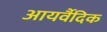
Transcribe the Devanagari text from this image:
आयर्वैदिक